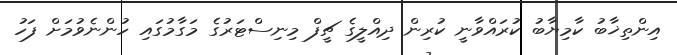
އިންތިޚާބު ކާމިޔާބު ކުރައްވާނީ ކުރިން ދިއްލީގެ ޗީފް މިނިސްޓަރުގެ މަގާމުގައި ހުންނެވުމަށް ފަހު